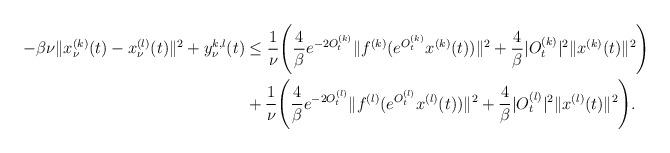
LaTeX: \begin{align*}-\beta \nu \|x_\nu ^{(k)}(t)-x_\nu ^{(l)}(t)\|^2+y_\nu ^{k,l}(t)&\leq \frac 1\nu \Bigg(\frac 4\beta e^{-2O_t^{(k)}}\|f^{(k)}(e^{O_t^{(k)}}x^{(k)}(t))\|^2+\frac 4\beta |O_t^{(k)}|^2\|x^{(k)}(t)\|^2\Bigg)\\& +\frac 1\nu \Bigg(\frac 4\beta e^{-2O_t^{(l)}}\|f^{(l)}(e^{O_t^{(l)}}x^{(l)}(t))\|^2+\frac 4\beta|O_t^{(l)}|^2\|x^{(l)}(t)\|^2\Bigg).\end{align*}